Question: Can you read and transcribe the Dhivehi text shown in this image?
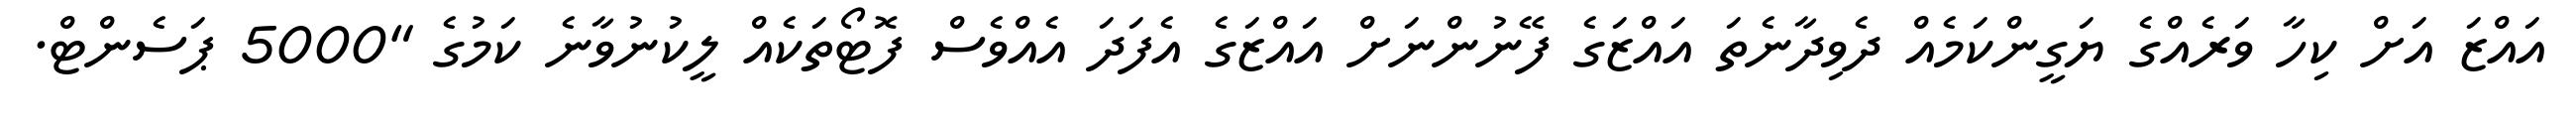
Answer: އައްޒަ އަށް ކިހާ ވަރެއްގެ ޔަގީންކަމެއް ދެވިދާނެތަ އައްޒަގެ ފޭނުންނަށް އައްޒަގެ އެފަދަ އެއްވެސް ފޮޓޯތަކެއް ލީކުނުވާނެ ކަމުގެ "5000 ޕަސެންޓް.